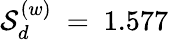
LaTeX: {\cal S}_{d}^{(w)}~=~1.577